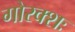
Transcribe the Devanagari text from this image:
गोरक्शः